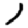
Digit: 1